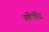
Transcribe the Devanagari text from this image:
सीधि